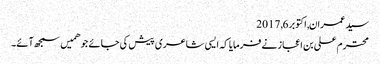
سید عمران, ‏اکتوبر 6, 2017
محترم علی بن اعجاز نے فرمایا کہ ایسی شاعری پیش کی جائے جو ھمیں سمجھ آئے۔